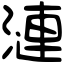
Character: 漣